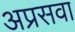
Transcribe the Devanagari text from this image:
अप्रसवा